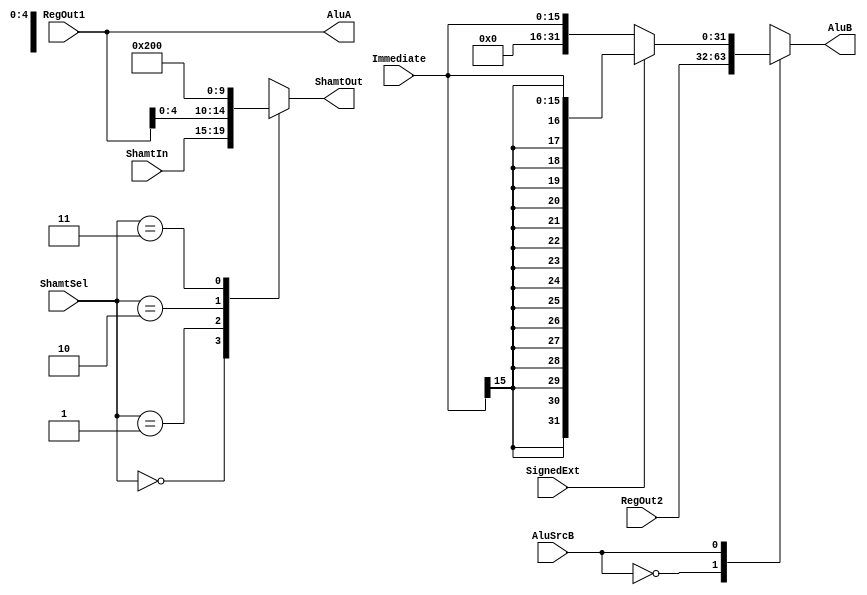
`timescale 1ns / 1ps
//////////////////////////////////////////////////////////////////////////////////
// Version:     2.20 16:56
// Reviewer:
// Review Date:
//////////////////////////////////////////////////////////////////////////////////

// [combinational logic]
// adapter between ~RegFile~ and ~ALU~
module ALUInputAdapter
#(
    parameter   DATA_BITS = 32
) (
    // data lines in
    input   wire    [DATA_BITS - 1:0]   RegOut1,
    input   wire    [DATA_BITS - 1:0]   RegOut2,
    input   wire    [15:0]              Immediate,
    input   wire    [4:0]               ShamtIn,
    // signals in
    input   wire                        AluSrcB,    // Note: probably needs more than 1 bit
    input   wire    [1:0]               ShamtSel,
    input   wire                        SignedExt,
    // real data out to ~ALU~
    output  wire    [DATA_BITS - 1:0]   AluA,
    output  reg     [DATA_BITS - 1:0]   AluB,
    output  reg     [4:0]               ShamtOut
);

assign AluA = RegOut1;

wire    [DATA_BITS - 1:0] immediate_extended;
assign immediate_extended = SignedExt ? { {16{Immediate[15]}}, Immediate } : Immediate;
always @ * begin
    case (AluSrcB)
        0:      AluB <= RegOut2;
        1:      AluB <= immediate_extended;
    endcase
end

always @ * begin
    case (ShamtSel)
        0:  ShamtOut <= ShamtIn;
        1:  ShamtOut <= RegOut1[4:0];
        2:  ShamtOut <= 16;
        3:  ShamtOut <= 0;  // undefined
    endcase
end

endmodule